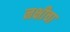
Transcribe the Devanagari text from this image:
नक्षीचा